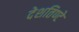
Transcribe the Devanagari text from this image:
देशतिण्टे